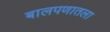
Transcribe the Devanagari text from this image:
बालपणातला